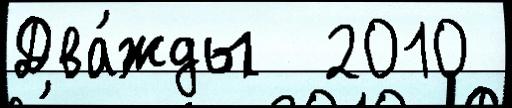
Два́жды  2010